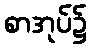
စာအုပ်၌